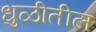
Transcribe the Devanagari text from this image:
धुळीतील